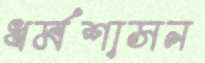
ধর্মশাসন